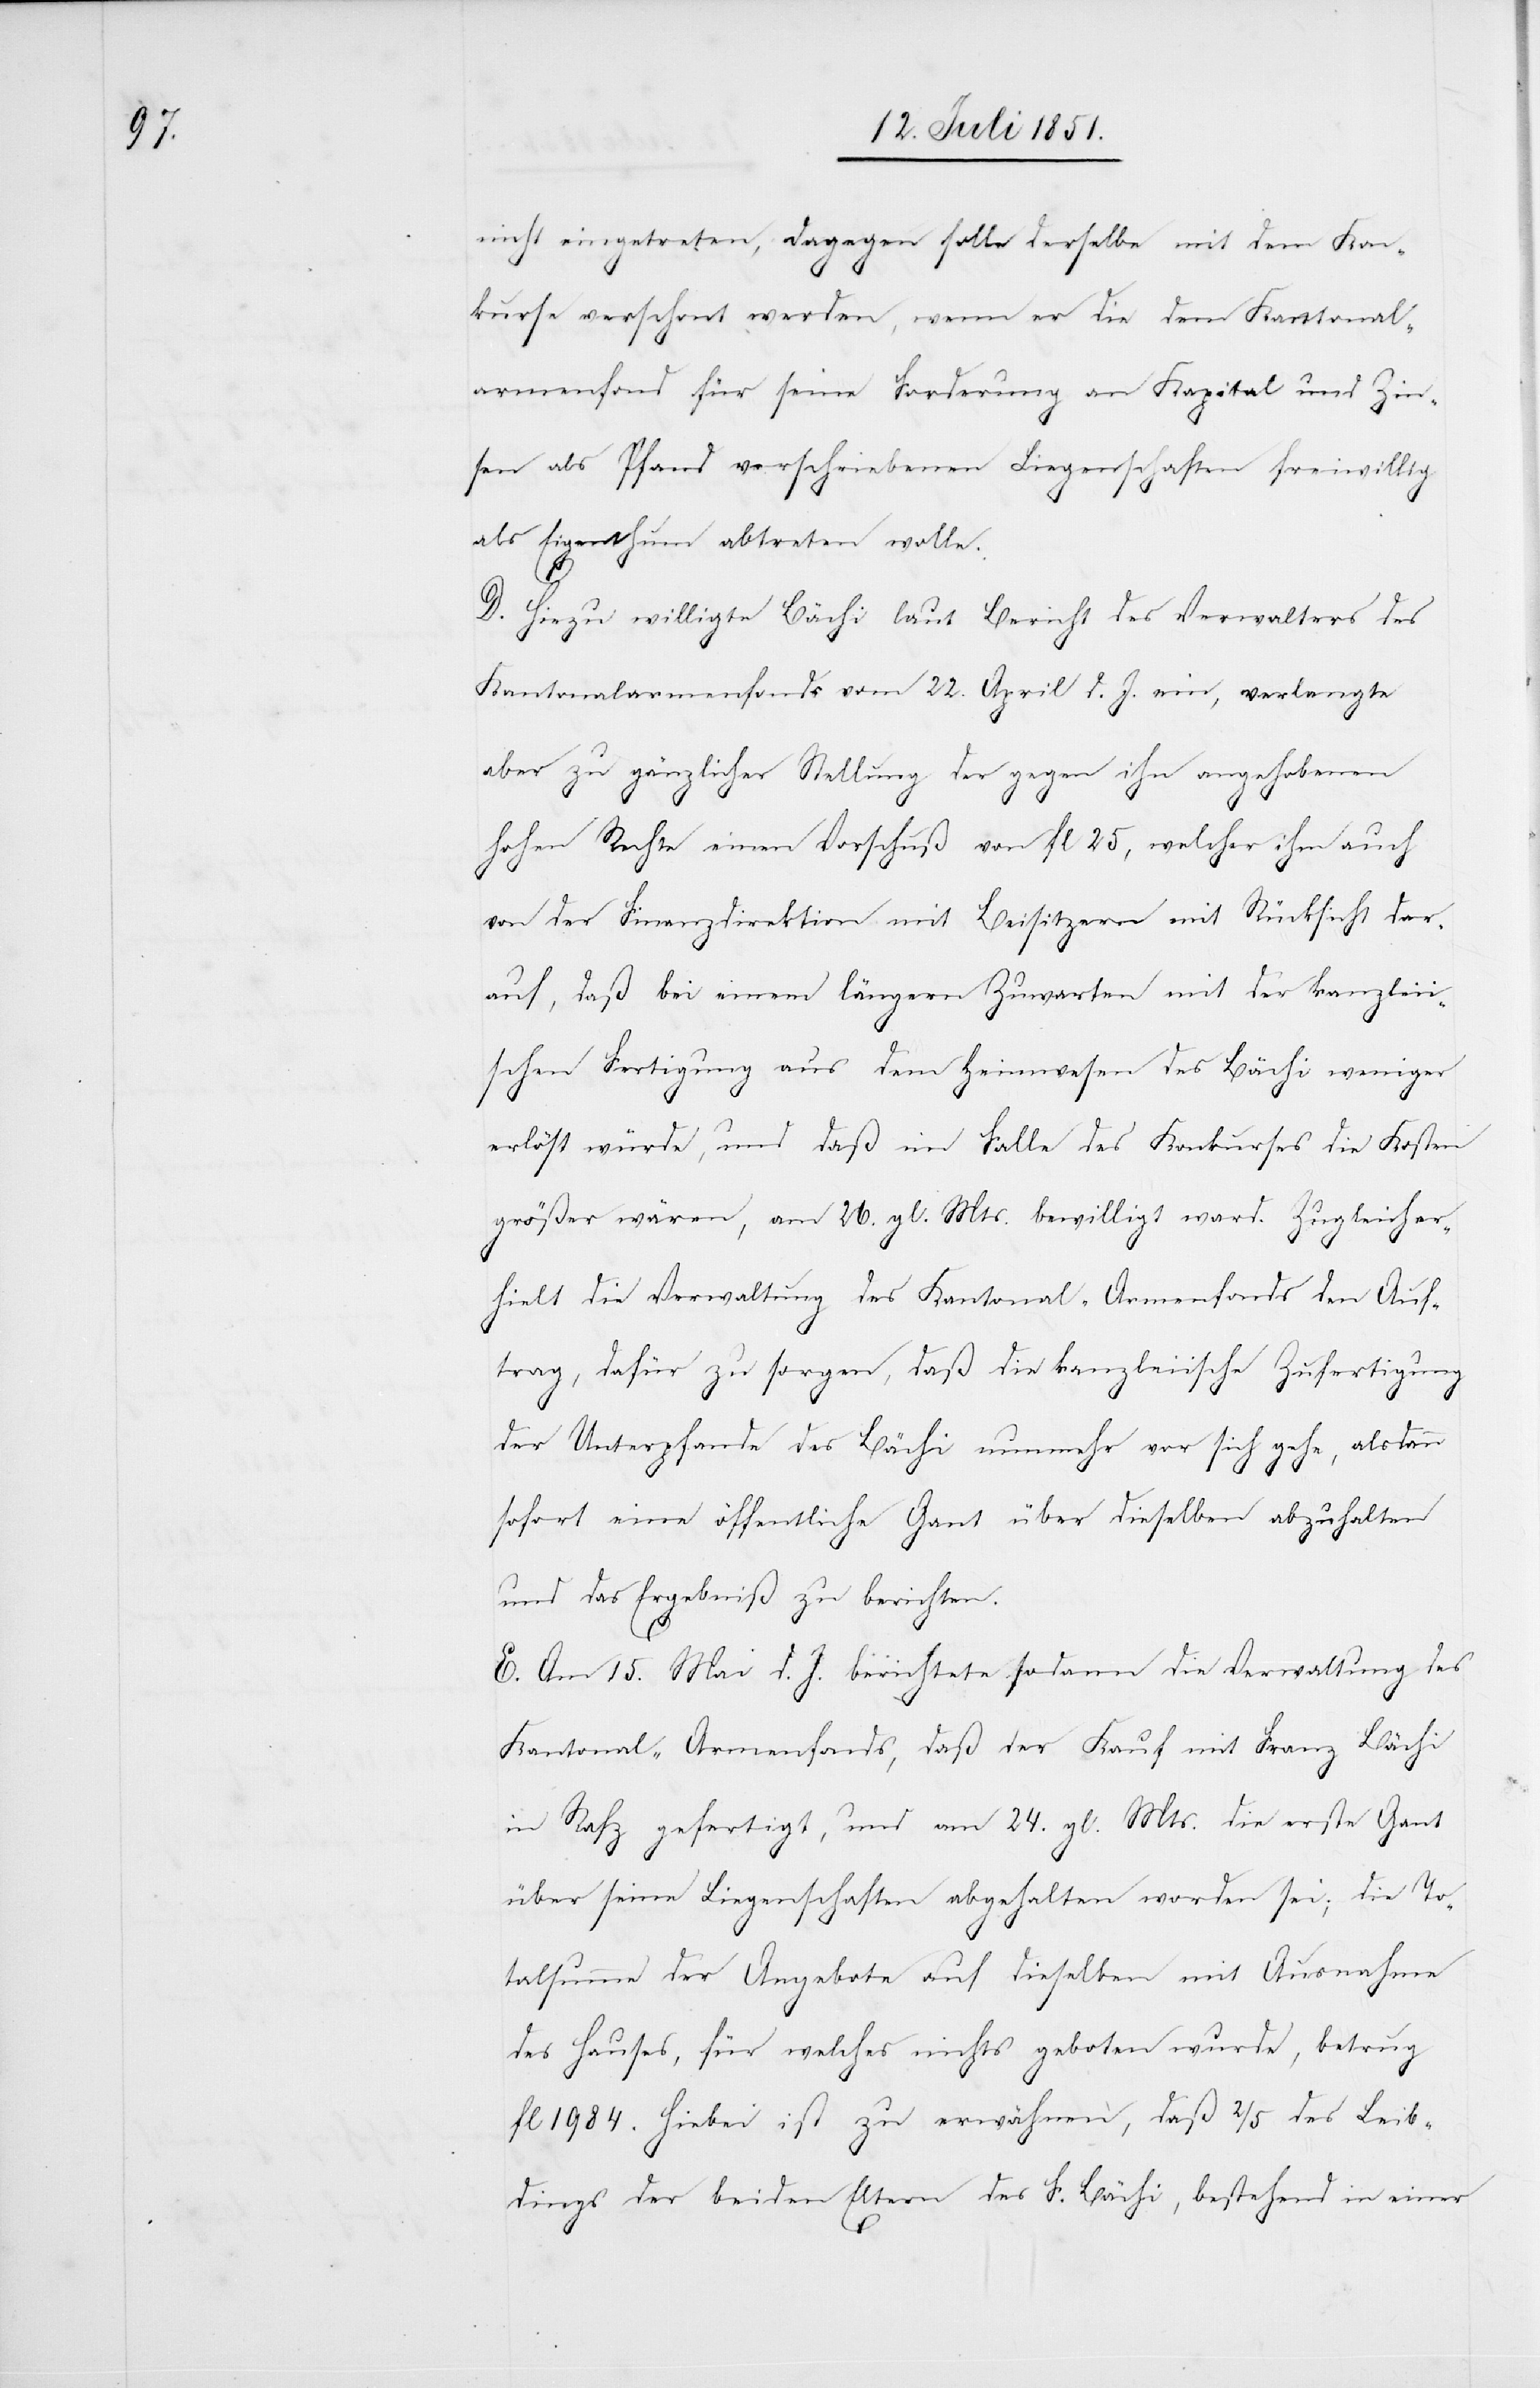
nicht eingetreten, dagegen solle derselbe mit dem Kon¬
kurse verschont werden, wenn er die dem Kantonal¬
armenfond für seine Forderung an Kapital und Zin¬
sen als Pfand verschriebenen Liegenschaften freiwillig
als Eigenthum abtreten wolle.
D. Hiezu willigte Bächi laut Bericht des Verwalters des
Kantonalarmenfonds vom 22. April d. J. ein, verlangte
aber zu gänzlicher Stellung der gegen ihn angehobenen
hohen Rechte einen Vorschuß von fl 25, welcher ihm auch
von der Finanzdirektion mit Beisitzern mit Rücksicht dar¬
auf, daß bei einem längern Zuwarten mit der kanzleii¬
schen Fertigung aus dem Heimwesen des Bächi weniger
erlöst würde, und daß im Falle des Konkurses die Kosten
größer wären, am 26. gl. Mts. bewilligt ward. Zugleich er¬
hielt die Verwaltung des Kantonal-Armenfonds den Auf¬
trag, dafür zu sorgen, daß die kanzleiische Zufertigung
der Unterpfande des Bächi nunmehr vor sich gehe, alsdann
sofort eine öffentliche Gant über dieselben abzuhalten
und das Ergebniß zu berichten.
E. Am 15. Mai d. J. berichtete sodann die Verwaltung des
Kantonal-Armenfonds, daß der Kauf mit Franz Bächi
in Rafz gefertigt, und am 24. gl. Mts. die erste Gant
über seine Liegenschaften abgehalten worden sei; die To¬
talsumme der Angebote auf dieselben mit Ausnahme
des Hauses, für welches nichts geboten wurde, betrug
fl 1984. Hiebei ist zu erwähnen, daß 2/5 des Leib¬
dings der beiden Eltern des F. Bächi, bestehend in einer